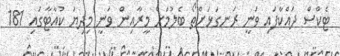
ޓެކްސް ދައްކާފައި ވަނީ ރަނގަޅަށްތޯ ބެލުމަށް މީރާއިން ވަނީ މިދިޔަ ކުއާޓާގައި 181